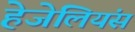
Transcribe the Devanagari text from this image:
हेजेलियंस